Plague in India, 1896, 1897 - Volume 3
Year: 1896
Disease focus: Plague
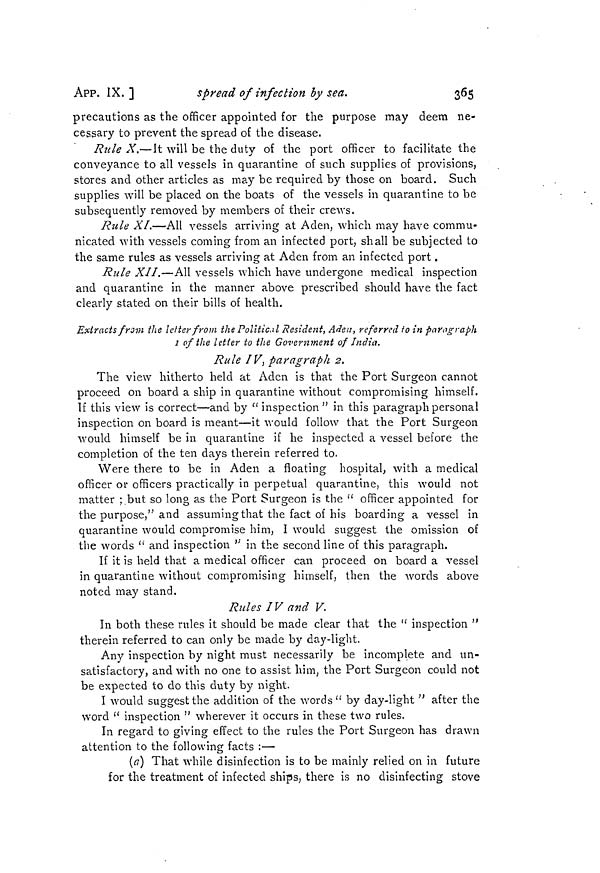
APP. IX.]
spread of infection by
sea.
365
precautions as the officer appointed for the purpose may deem ne-
cessary to prevent the spread of the disease.
Rule X.—It will be the duty of the port officer to facilitate the
conveyance to all vessels in quarantine of such supplies of provisions,
stores and other articles as may be required by those on board. Such
supplies will be placed on the boats of the vessels in quarantine to be
subsequently removed by members of their crews.
Rule XI.—All vessels arriving at Aden, which may have commu-
nicated with vessels coming from an infected port, shall be subjected to
the same rules as vessels arriving at Aden from an infected port.
Rule XII.—All vessels which have undergone medical inspection
and quarantine in the manner above prescribed should have the fact
clearly stated on their bills of health.
Extracts from the letter from the Political Resident, Aden, referred fo in paragraph
1 of the letter to the Government of India.
Rule IV, paragraph 2.
The view hitherto held at Aden is that the Port Surgeon cannot
proceed on board a ship in quarantine without compromising himself.
If this view is correct—and by " inspection " in this paragraph personal
inspection on board is meant—it would follow that the Port Surgeon
would himself be in quarantine if he inspected a vessel before the
completion of the ten days therein referred to.
Were there to be in Aden a floating hospital, with a medical
officer or officers practically in perpetual quarantine, this would not
matter ;.but so long as the Port Surgeon is the " officer appointed for
the purpose," and assuming that the fact of his boarding a vessel in
quarantine would compromise him, I would suggest the omission of
the words " and inspection " in the second line of this paragraph.
If it is held that a medical officer can proceed on board a vessel
in quarantine without compromising himself, then the words above
noted may stand.
Rules IV and V.
In both these rules it should be made clear that the " inspection "
therein referred to can only be made by day-light.
Any inspection by night must necessarily be incomplete and un-
satisfactory, and with no one to assist him, the Port Surgeon could not
be expected to do this duty by night.
I would suggest the addition of the words " by day-light " after the
word " inspection " wherever it occurs in these two rules.
In regard to giving effect to the rules the Port Surgeon has drawn
attention to the following facts :—
(a) That while disinfection is to be mainly relied on in future
for the treatment of infected ships, there is no disinfecting stove